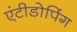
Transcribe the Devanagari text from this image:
एंटीडोपिंग